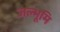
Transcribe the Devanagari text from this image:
जल्भूमि